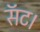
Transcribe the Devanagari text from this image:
सॅट।